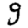
Digit: 9